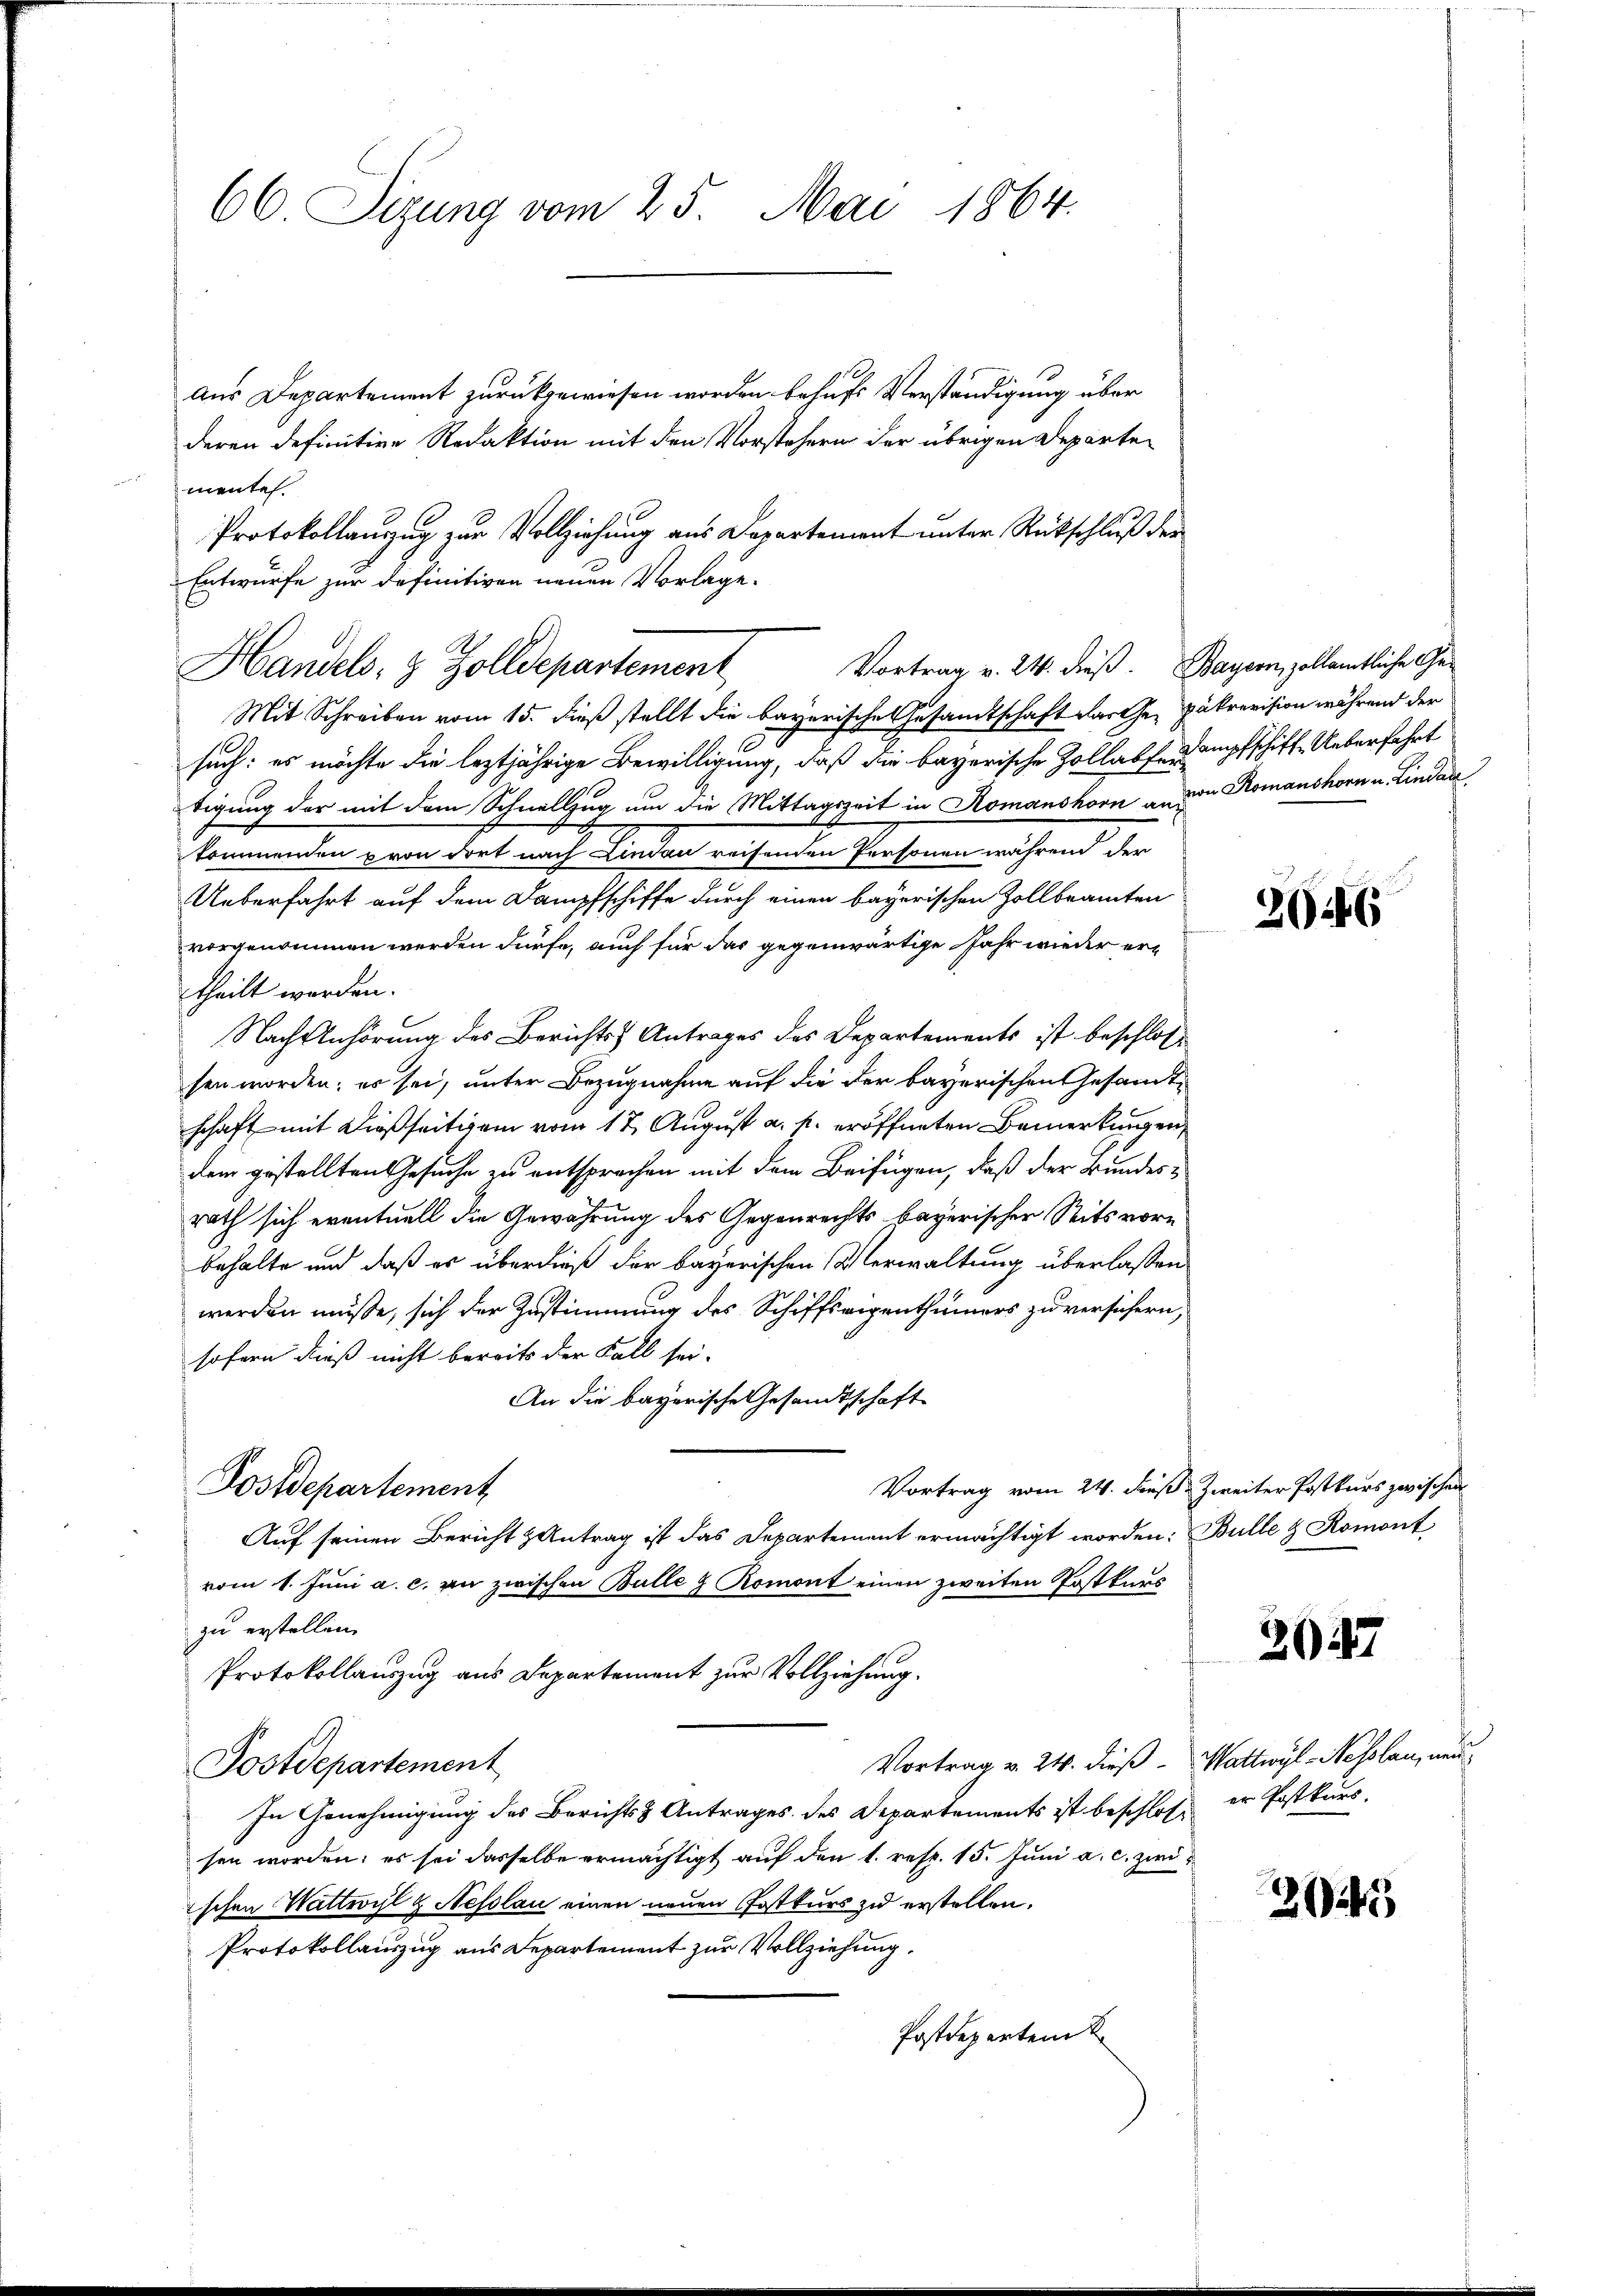
66. Sizung vom 25. Mai 1864.

aus Departement zurückgewiesen worden behufs Verständigung über
deren definitive Redaktion mit den Vorstehern der übrigen Departementes.
Protokollanzug zur Vollziehung aus Departement unter Rückschluß der
Mit Schreiben vom 15. dieß stellt die bayerische Gesandtschaft darthen Pakrevision während der
such: es möchte die leztjährige Bewilligung, daß die bayerische Zollabfeumpfschiff, Ueberfahrt
tigung der mit dem Schnellzug um die Mittagszeit in Romanshorn an der Romanshorn u. Lindankommenden von dort nach Lindau reisenden Personen während der
Ueberfahrt auf dem Dampfschiffe durch einen bayerischen Zollbeamten
vorgenommen werden dürfe, auch für das gegenwärtige Jahr wieder ertheilt werden.
Nach Anhörung des Berichts Antrages des Departements ist beschlossen worden; es sei, unter Bezugnahme auf die der bayerischen Gesandtschaft mit dießseitigem vom 17. August a. p. eröffneten Bemerkungen,
dem gestellten Gesuche zu entsprochen mit dem Beifügen, daß der Bundesrath sich eventuell die Gewährung des Gegenrechts bayerischer Seits vorbehalte und daß es überdieß der bayerischen Verwaltung überlassen
werden müsse, sich der Zustimmung des Schiffseigenthümers zu versichern,
sofern dieß nicht bereits der Fall sei-
An die bayerische Gesandtschaft
Vortrag vom 24. dieß, Zweiter Postkurs zwischen
Postdepartement
Auf seinen Bericht & Antrag ist das Departement ermächtigt worden: Bulle & Romont,
vom 1. Juni a. c. an zwischen Bulle & Romont einen zweiten Postkurs
zu erstellen.
Protokollauszug aus Departement zur Vollziehung.
Vortrag v. 24. dieß - Wattwyl-Nesolan, neu¬
Postdepartement
In Genehmigung des Berichts Antrages des Departements ist beschlossen worden; es sei dasselbe ermächtigt auf den 1. resp. 15. Juni a. c. zwischen Wattwyl & Nesslau einen neuen Postkurs zu erstellen.
Protokollauszug aus Departement zur Vollziehung.
Postdeparten

Entwurfe zur Definitiven neuen Vorlage.
Vortrag v. 24. dieß. Bayern, zollamtliche Ge¬
Handels- & Zolldepartement

206

3057

er Postkurs.

25